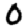
Digit: 0